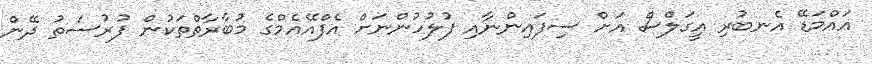
އައްމަޑޭ އެނބުރި އީގަލްސް އަށް ސިފައިންނާއި ފުލުހުންނަށް އެފްއޭއެމްގެ މުބާރާތްތަކުން ފުރުސަތު ދޭން